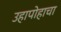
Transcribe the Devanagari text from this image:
उहापोहाचा